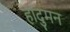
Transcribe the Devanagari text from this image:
हांदुमन